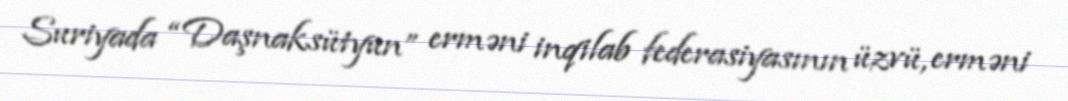
Suriyada “Daşnaksütyun” erməni inqilab federasiyasının üzvü, erməni